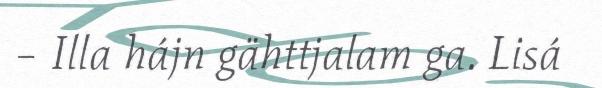
– Illa hájn gähttjalam ga. Lisá